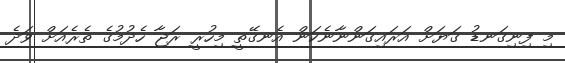
މި ފިނިގަނޑު ގަޔަށް އަރައިގަންނާނެކަން އެނގޭތީ މިހުރީ ރަޖާ ހެދުމުގެ ތެރެއަށް ވަދެ